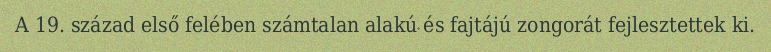
A 19. század első felében számtalan alakú és fajtájú zongorát fejlesztettek ki.